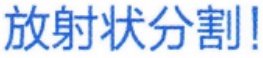
放射状分割！